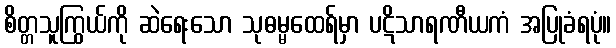
စိတ္တသူကြွယ်ကို ဆဲရေးသော သုဓမ္မထေရ်မှာ ပဋိသာရဏီယကံ အပြုခံရပုံ။